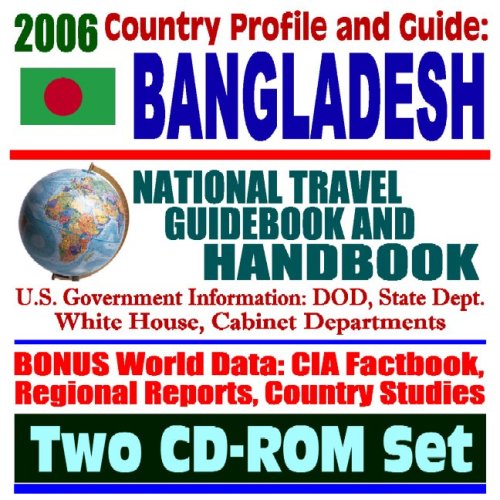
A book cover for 2006 Country Profile and Guide to Bangladesh: National Travel Guidebook and Handbook--U.S. Government Information: DOD, State Dept. White HOuse, Cabinet Department (Two CD-ROM Set); U.S. Government; Travel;